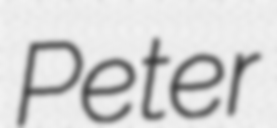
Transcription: Peter